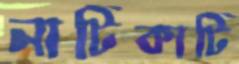
নাটিকাটি